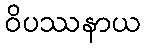
ဝိပဿနာယ